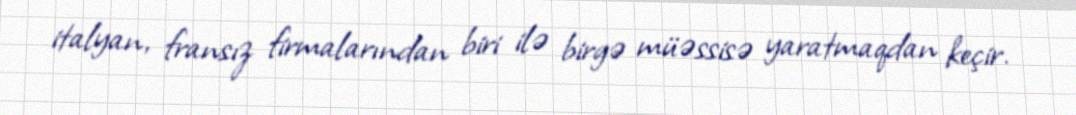
italyan, fransız firmalarından biri ilə birgə müəssisə yaratmaqdan keçir.